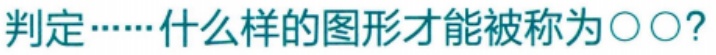
判定……什么样的图形才能被称为\(\bigcirc\bigcirc?\)